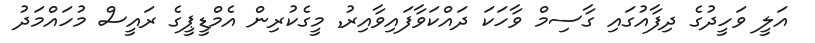
އަލީ ވަހީދުގެ ދިފާއުގައި ގާސިމް ވާހަކަ ދައްކަވާފައިވާއިރު